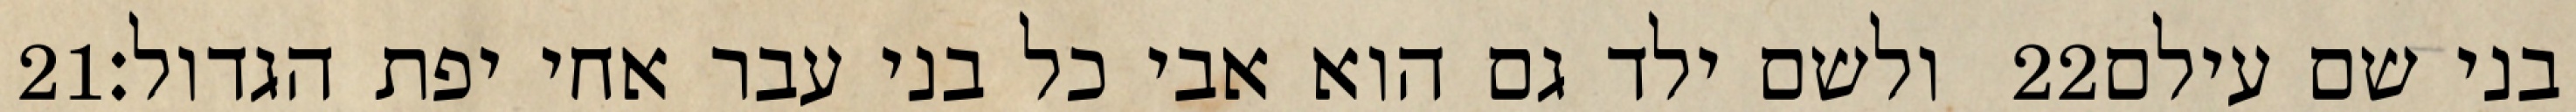
‎21‏ ולשם ילד גם הוא אבי כל בני עבר אחי יפת הגדול׃ ‎22‏ בני שם עילם